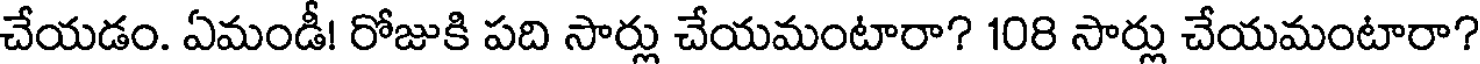
చేయడం. ఏమండీ! రోజుకి పది సార్లు చేయమంటారా? 108 సార్లు చేయమంటారా?